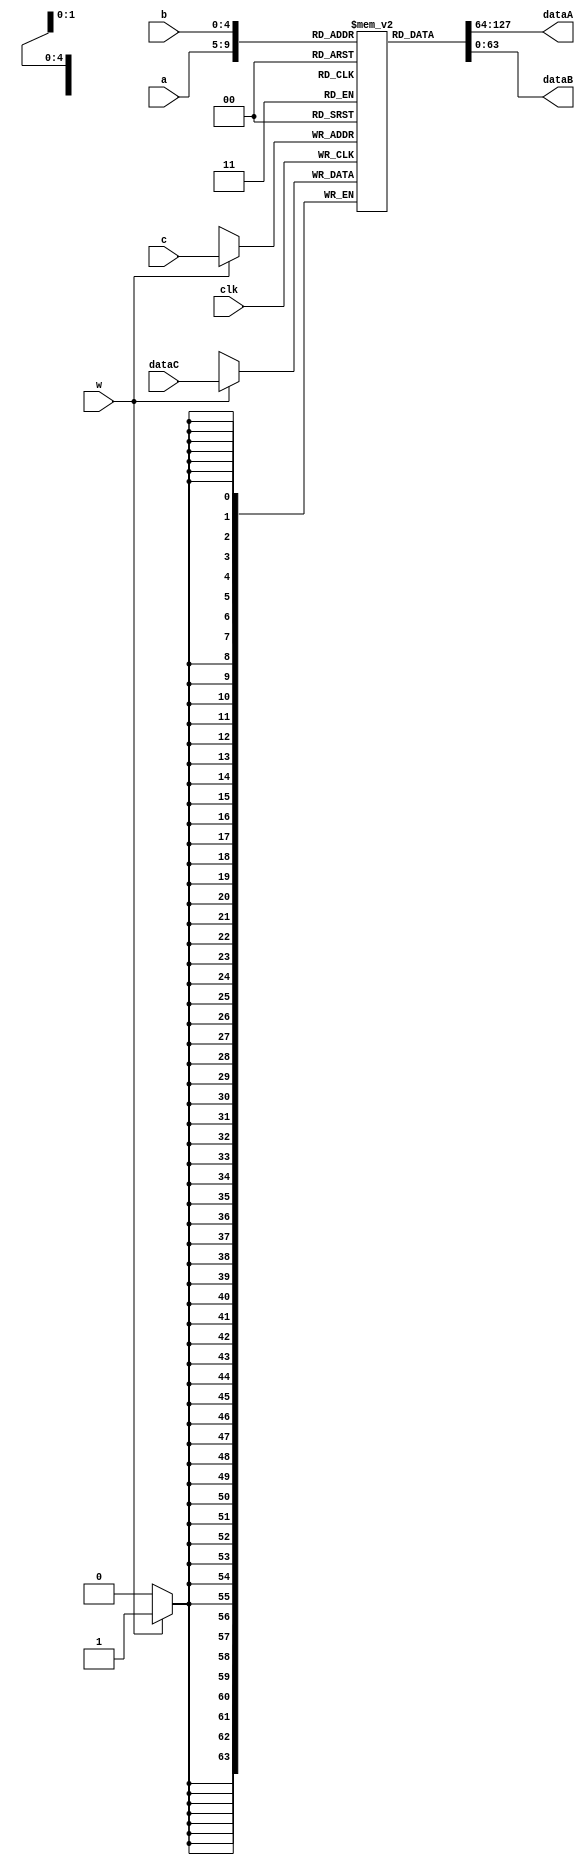
module registerBank32x64(input [4:0] a ,input [4:0] b ,input [4:0] c ,input w ,output [63:0] dataA ,output [63:0] dataB ,input [63:0] dataC ,input clk);
	reg [63:0] regbank [0:31];
	
	integer i;

	initial 
	begin
		for( i = 0; i < 32; i = i + 1)begin 
			regbank[i] = i;
		end
	end	

	assign dataA = regbank[a];
	assign dataB = regbank[b];


	always @(posedge clk) begin
		
		if (w==1) regbank[c] = dataC;
	end
endmodule